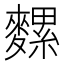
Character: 𪍯